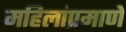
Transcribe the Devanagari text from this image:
महिलांप्रमाणे